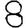
Digit: 8